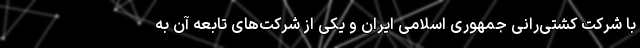
با شرکت کشتی‌رانی جمهوری اسلامی ایران و یکی از شرکت‌های تابعه آن به